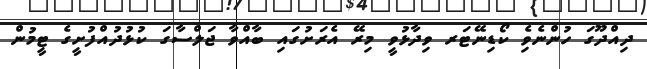
ދިއްދޫގަ ހުންނެވެި ކޯޑިނޭޓަރ ވިދާޅުވީ މިރޭ އެރަށުގައި ބާއްވާ ޖަލްސާގަ ކުޅުދުއްފުށީގެ ޓީމުން